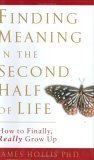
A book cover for Finding Meaning in the Second Half of Life: How to Finally, Really Grow Up; James Hollis; Self-Help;